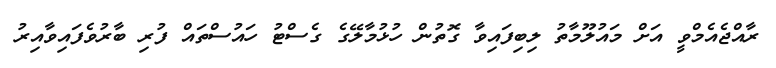
ރާއްޖެއެމްވީ އަށް މައުލޫމާތު ލިބިފައިވާ ގޮތުން ހުޅުމާލޭގެ ގެސްޓު ހައުސްތައް ފުރި ބާރުވެފައިވާއިރު